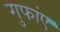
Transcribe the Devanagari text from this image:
गुफांए